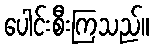
ပေါင်းစီးကြသည်။